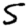
Digit: 5